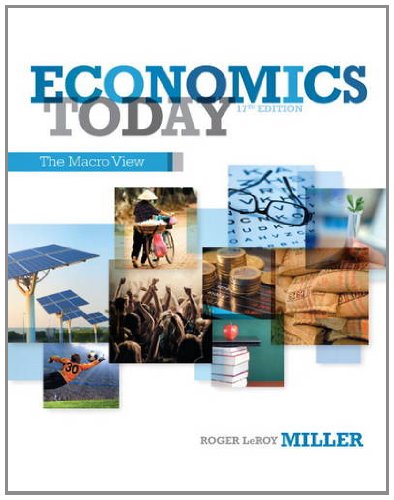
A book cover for Economics Today: The Macro View (17th Edition); Roger LeRoy Miller; Business & Money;